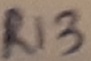
Text: R13